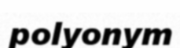
polyonym